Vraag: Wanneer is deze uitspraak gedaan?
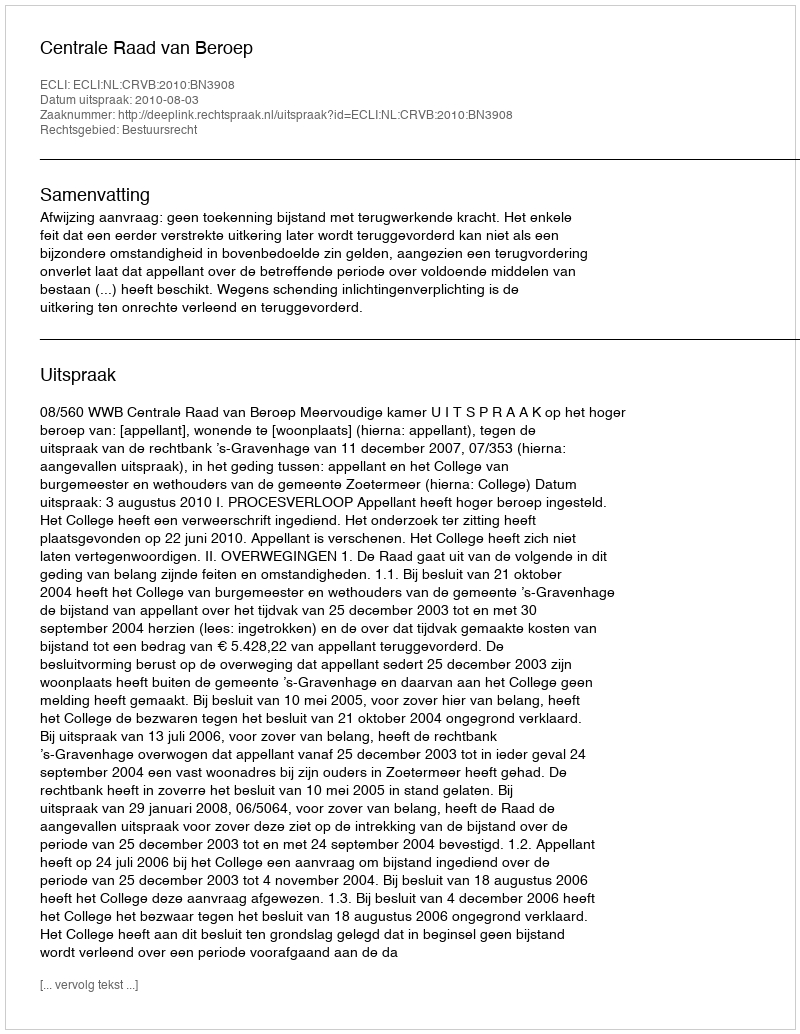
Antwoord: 2010-08-03